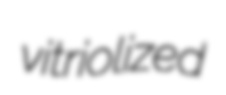
vitriolized